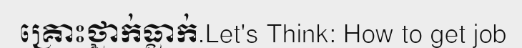
គ្រោះថ្នាក់ធ្លាក់.Let's Think: How to get job